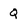
Character: Q